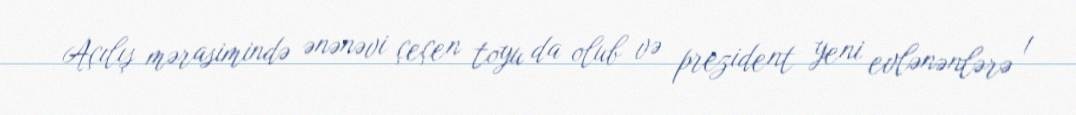
Açılış mərasimində ənənəvi çeçen toyu da olub və prezident yeni evlənənlərə 1